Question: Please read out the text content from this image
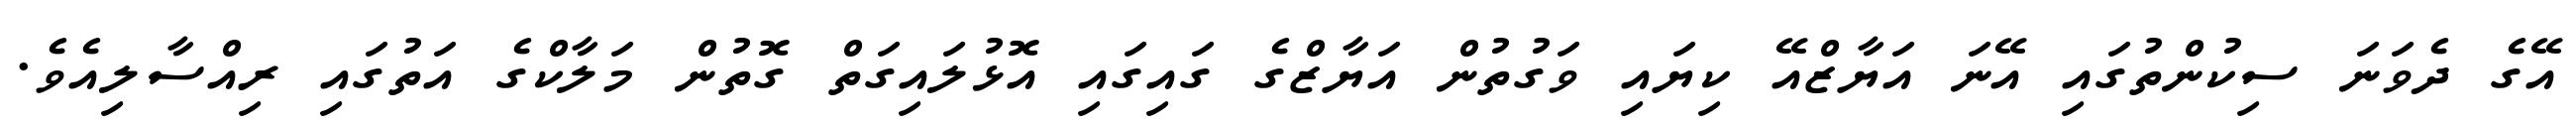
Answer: އޭގެ ދެވަނަ ސިކުންތުގައި އޭނަ އަޔާޒްއޭ ކިޔައި ވަގުތުން އަޔާޒްގެ ގައިގައި އޮޅުލައިގަތް ގޮތުން މަލާކްގެ އަތުގައި ރިއްސާލިއެވެ.